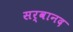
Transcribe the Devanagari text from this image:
सर्वानद